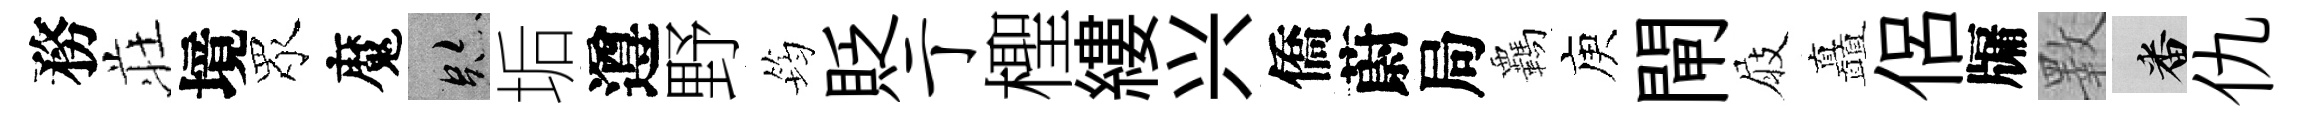
務荘境眾魔跡垢遵野筠貶亍檉縷兴僑蔚局覊庾閘屐矗侶牖斁番仇